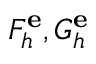
F _ { h } ^ { \mathbf { e } } , G _ { h } ^ { \mathbf { e } }